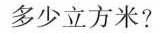
合多少立方米?